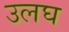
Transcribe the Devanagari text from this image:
उलघ